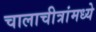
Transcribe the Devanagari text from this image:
चालाचीत्रांमध्ये